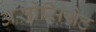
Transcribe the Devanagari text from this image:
असोसियेट